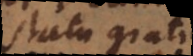
statu grati